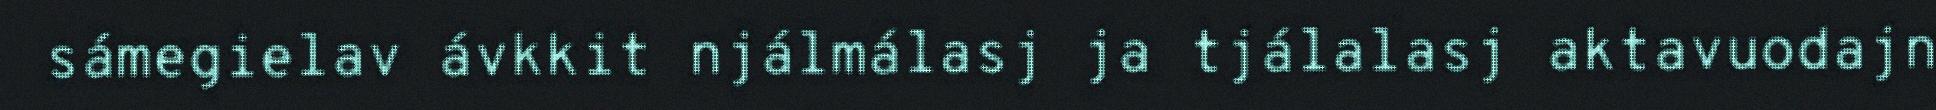
sámegielav ávkkit njálmálasj ja tjálalasj aktavuodajn